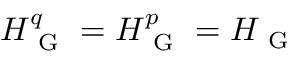
H _ { \mathrm { ~ G ~ } } ^ { q } = H _ { \mathrm { ~ G ~ } } ^ { p } = H _ { \mathrm { ~ G ~ } }